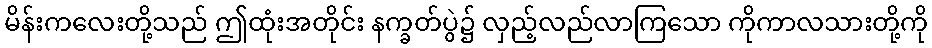
မိန်းကလေးတို့သည် ဤထုံးအတိုင်း နက္ခတ်ပွဲ၌ လှည့်လည်လာကြသော ကိုကာလသားတို့ကို